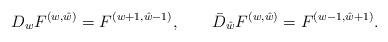
LaTeX: \begin{align*}{D_w F^{(w,\hat w)} = F^{(w+1,\hat w -1)}, \qquad\bar D_{\hat w} F^{(w,\hat w)} = F^{(w-1,\hat w+1)}.}\end{align*}